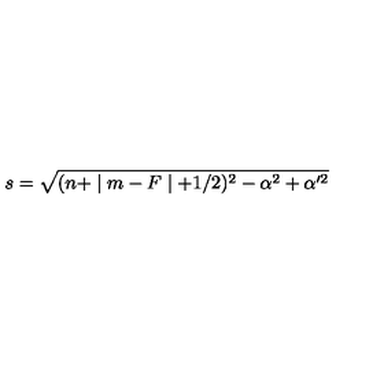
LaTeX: s = \sqrt { ( n + \mid m - F \mid + 1 / 2 ) ^ { 2 } - \alpha ^ { 2 } + \alpha ^ { \prime 2 } }